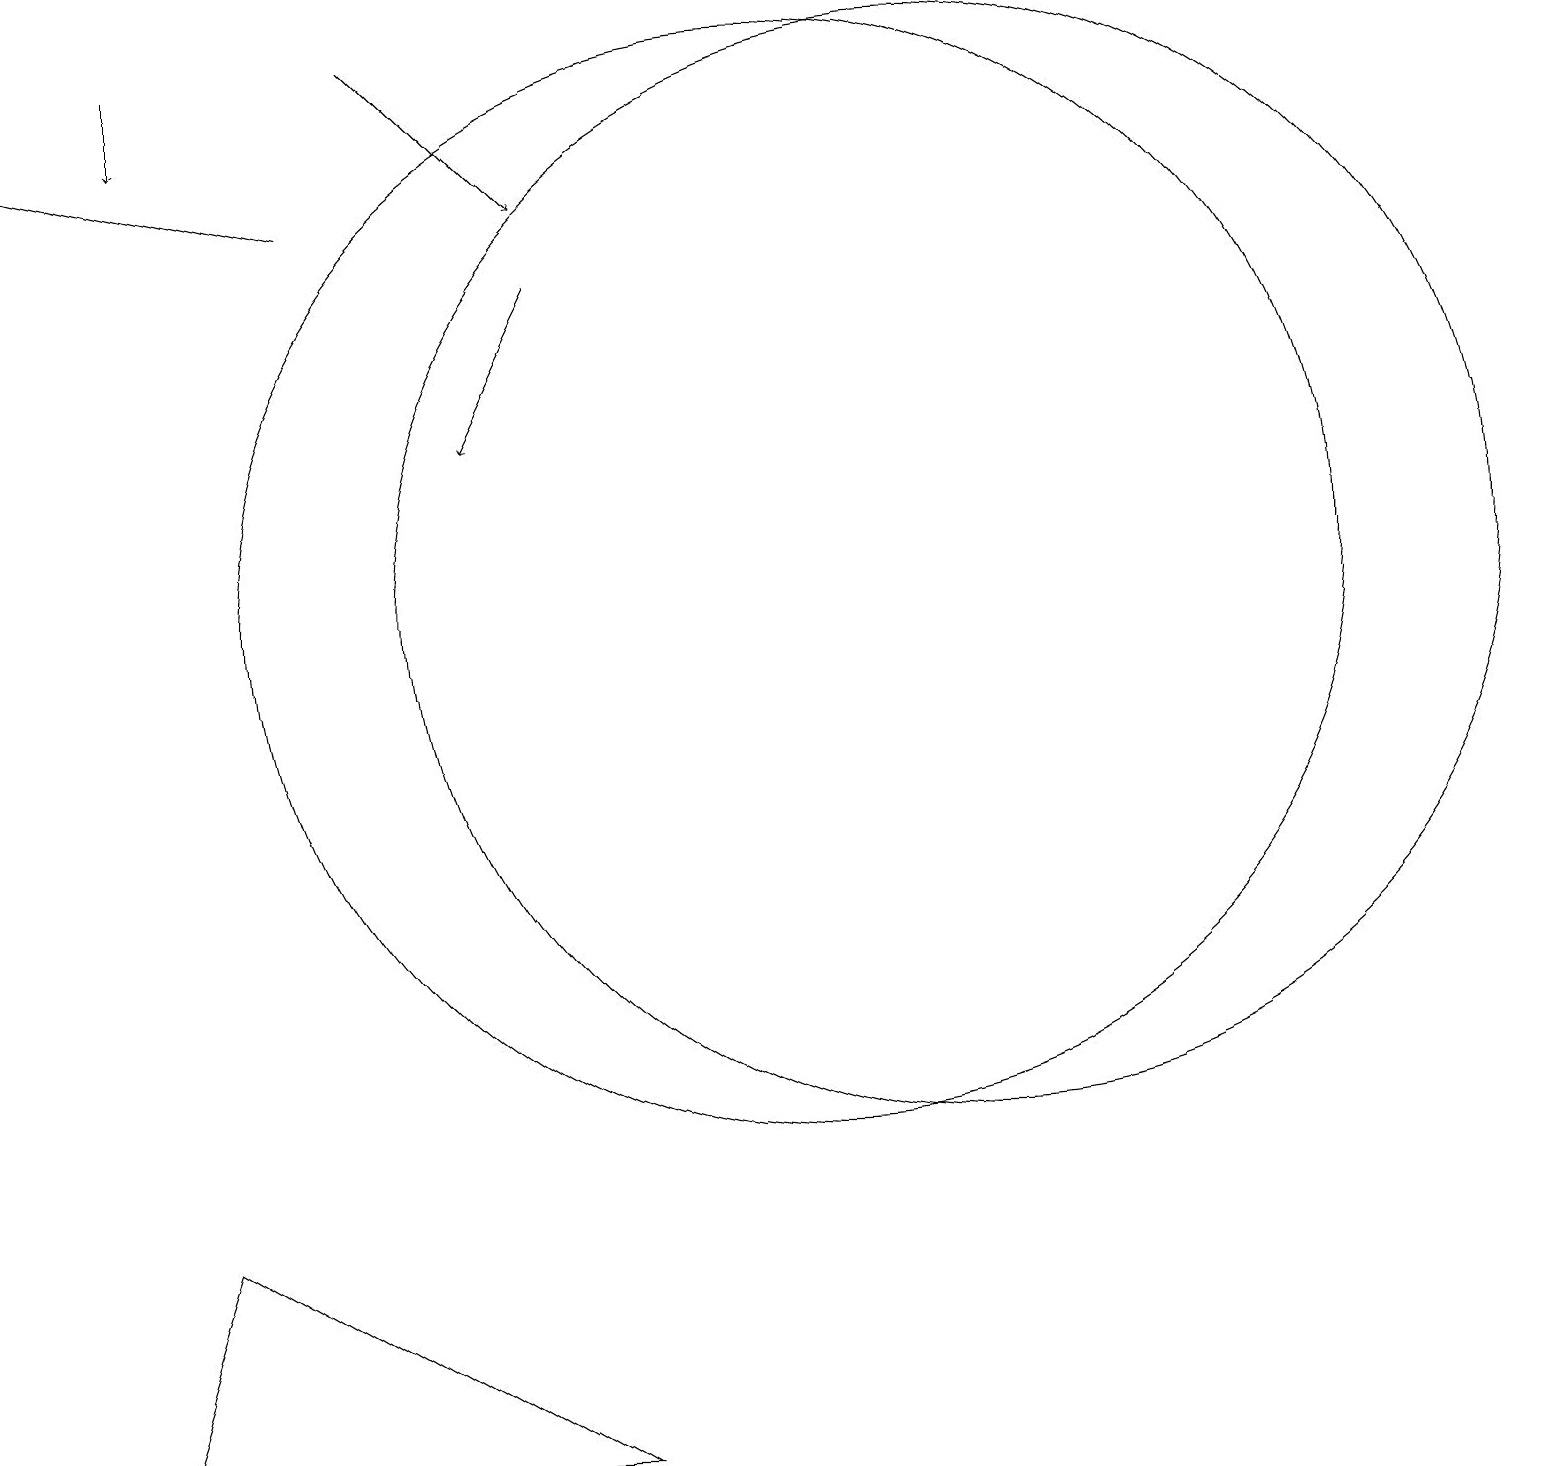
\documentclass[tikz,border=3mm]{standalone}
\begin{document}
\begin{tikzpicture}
\draw (10,11) circle (7);
\draw[->] (2,18) -- (2,17);
\draw[->] (5,18) -- (7,16);
\draw[->] (7,15) -- (6,13);
\draw[->] (4,16) -- (0,17);
\draw (1,0) -- (7,0) -- (2,3) -- cycle;
\draw (12,11) circle (7);
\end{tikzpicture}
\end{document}